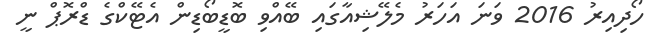
ހޯދިއިރު 2016 ވަނަ އަހަރު މެލޭޝިއާގައި ބޭއްވި ބޮޑީބޯޑިން އެޓޭކްގެ ޑްރޮޕް ނީ